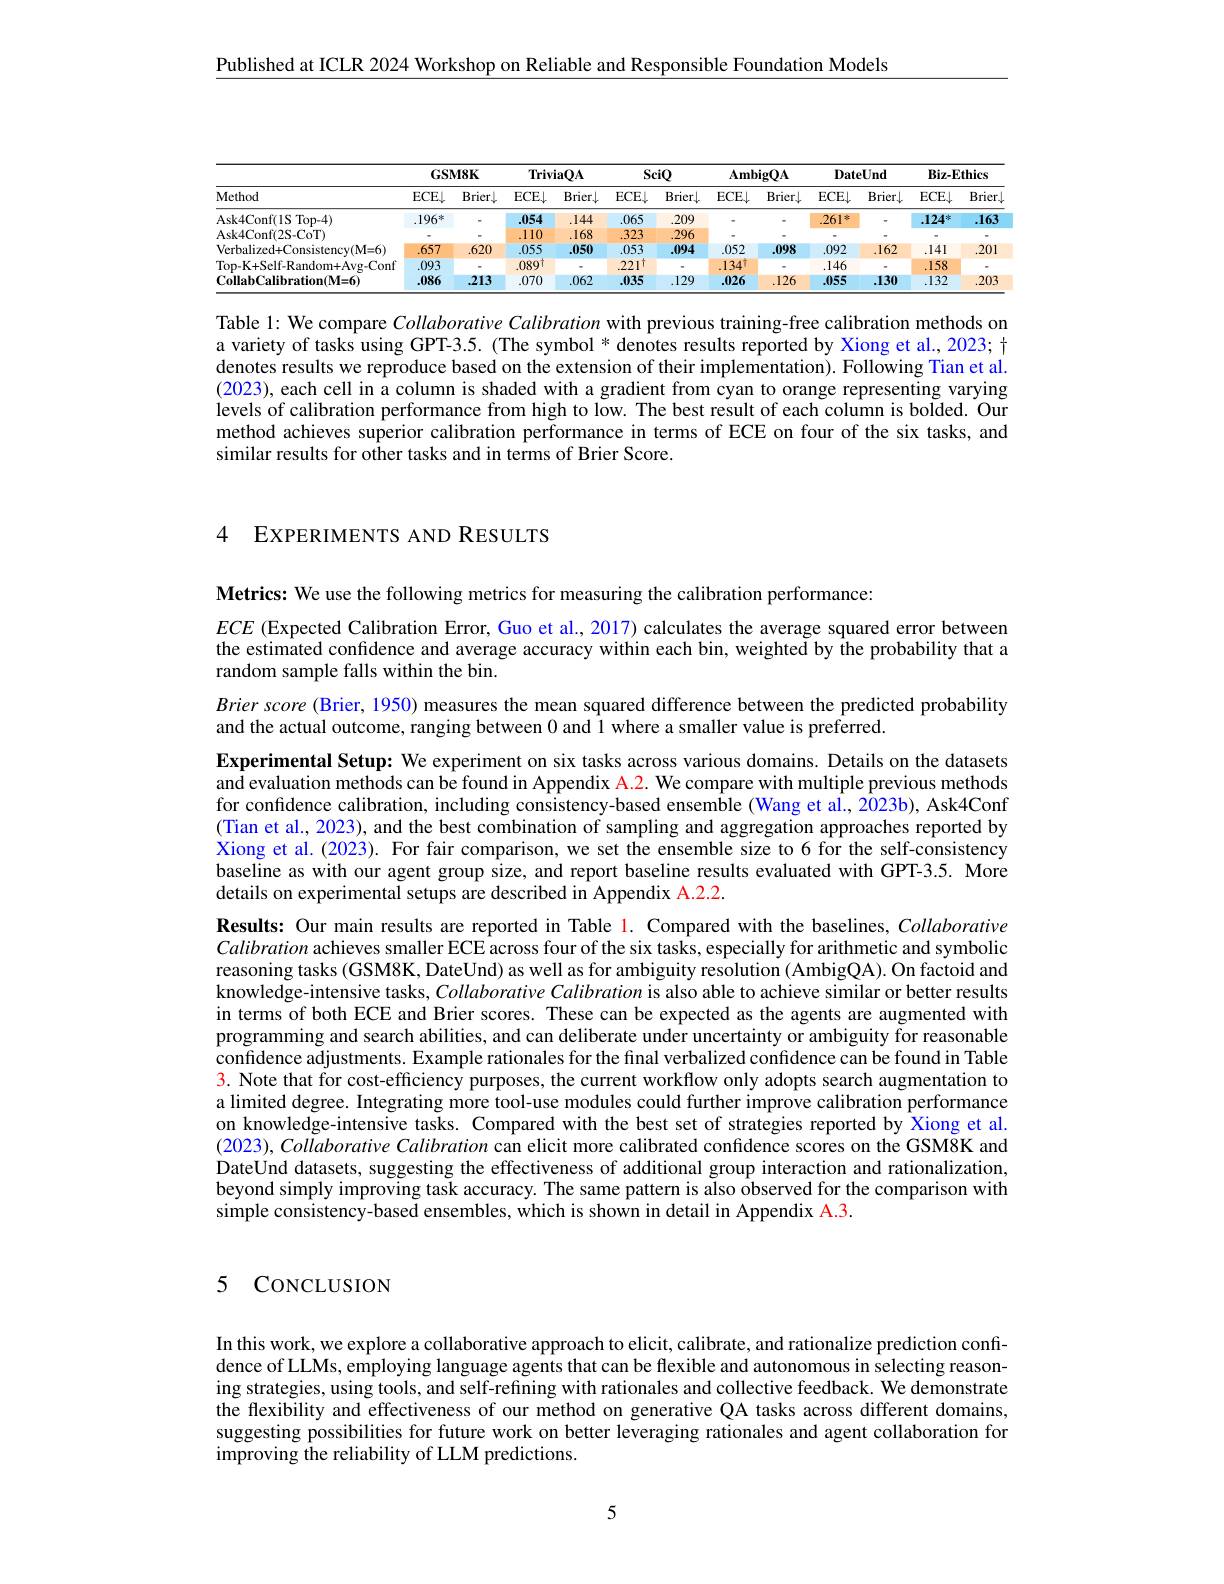
$\underline{\text{Published at ICLR 2024 Workshop on Reliable and Responsible Foundation Models}}$

<table>
	<tbody>
		<tr>
			<th rowspan="2">Method</th>
			<th colspan="2">GSM8K</th>
			<th colspan="2">TriviaQA</th>
			<th colspan="2">SciQ</th>
			<th colspan="2">$\mathbf{AmbigQA}$</th>
			<th colspan="2">DateUnd</th>
			<th colspan="2">$Biz-Ethics$</th>
		</tr>
		<tr>
			<th>$ECE\downarrow$</th>
			<th>Brier$\downarrow$</th>
			<th>$ECE\downarrow$</th>
			<th>Brier$\downarrow$</th>
			<th>$ECE\downarrow$</th>
			<th>Brier$\downarrow$</th>
			<th>$ECE\downarrow$</th>
			<th>Brier$\downarrow$</th>
			<th>$ECE\downarrow$</th>
			<th>Brier$\downarrow$</th>
			<th>$ECE\downarrow$</th>
			<th>Brier$\downarrow$</th>
		</tr>
		<tr>
			<td>Ask4Conf(1S Top-4)</td>
			<td>.196 冰</td>
			<td> </td>
			<td>.054</td>
			<td>.144</td>
			<td>.065</td>
			<td>.209</td>
			<td> </td>
			<td> </td>
			<td>.261</td>
			<td> </td>
			<td>.124*</td>
			<td>.163</td>
		</tr>
		<tr>
			<td>Ask4Conf(2S-CoT)</td>
			<td> </td>
			<td> </td>
			<td>.110</td>
			<td>.168</td>
			<td>.323</td>
			<td>.296</td>
			<td> </td>
			<td> </td>
			<td> </td>
			<td> </td>
			<td> </td>
			<td> </td>
		</tr>
		<tr>
			<td>Verbalized+ Consistency( M= 6) </td>
			<td>.657</td>
			<td>.620</td>
			<td>.055</td>
			<td>.050</td>
			<td>.053</td>
			<td>.094</td>
			<td>.052</td>
			<td>.098</td>
			<td>.092</td>
			<td>.162</td>
			<td>.141</td>
			<td>.201</td>
		</tr>
		<tr>
			<td>Top-K+Self-Random+Avg-Conf</td>
			<td>.093</td>
			<td> </td>
			<td>.089t</td>
			<td> </td>
			<td>$221^{\dagger}$</td>
			<td> </td>
			<td>.1347</td>
			<td> </td>
			<td>.146</td>
			<td> </td>
			<td>.158</td>
			<td> </td>
		</tr>
		<tr>
			<td>CollabCalibration(M=6)</td>
			<td>.086</td>
			<td>.213</td>
			<td>.070</td>
			<td>.062</td>
			<td>.035</td>
			<td>.129 </td>
			<td>.026</td>
			<td>.126</td>
			<td>.055</td>
			<td>.130</td>
			<td>.132</td>
			<td>.203</td>
		</tr>
	</tbody>
</table>

Table 1: We compare Collaborative Calibration with previous training-free calibration methods on a variety of tasks using GPT-3.5. (The symbol * denotes results reported by Xiong et al., 2023; + denotes results we reproduce based on the extension of their implementation). Following Tian et al. (2023), each cell in a column is shaded with a gradient from cyan to orange representing varying levels of calibration performance from high to low. The best result of each column is bolded. Our method achieves superior calibration performance in terms of ECE on four of the six tasks, and similar results for other tasks and in terms of Brier Score.

4 EXPERIMENTS AND RESULTS

Metrics: We use the following metrics for measuring the calibration performance:

$ECE$ (Expected Calibration Error, Guo et al., 2017) calculates the average squared error between the estimated confidence and average accuracy within each bin, weighte$\tilde{\text{by the probability that a}}$ random sample falls within the bin.

Brier score (Brier, 1950) measures the mean squared difference between the predicted probability
and the actual outcome, ranging between 0 and 1 where a smaller value is preferred.
Experimental Setup: We experiment on six tasks across various domains. Details on the datasets and evaluation methods can be found in Appendix A.2. We compare with multiple previous methods for confidence calibration, including consistency-based ensem$\hat{\text{ble(Wang et al.,2023b),Ask4}}$Conf (Tian et al., 2023), and the best combination of sampling and aggregation approaches reported by Xiong et al.(2023). For fair comparison, we set the ensemble size to 6 for the self-consistency baseline as with our agent group size, and report baseline results evaluated with GPT-3.5. More details on experimental setups are described in Appendix A.2.2.
Results: Our main results are reported in Table 1. Compared with the baselines, Collaborative Calibration achieves smaller ECE across four of the six tasks, especially for arithmetic and symbolic reasoning tasks (GSM8K, DateUnd) as well as for ambiguity resolution (AmbigQA). On factoid and knowledge-intensive tasks, Collaborative Calibration is also able to achieve similar or better results in terms of both ECE and Brier scores. These can be expected as the agents are augmented with programming and search abilities, and can deliberate under uncertainty or ambiguity for reasonable confidence adjustments. Example rationales for the final verbalized confidence can be found in Table 3. Note that for cost-efficiency purposes, the current workflow only adopts search augmentation to a limited degree. Integrating more tool-use modules could further improve calibration performance on knowledge-intensive tasks. Compared with the best set of strategies reported by Xiong et al. $( 2023) , Collaborative\textit{ Calibration can elicit more calibrated confidence scores on the GSM8K and}$ DateUnd datasets, suggesting the effectiveness of additional group interaction and rationalization, beyond simply improving task accuracy. The same pattern is also observed for the comparison with simple consistency-based ensembles, which is shown in detail in Appendix A.3.

## 5 CONCLUSION

In this work, we explore a collaborative approach to elicit, calibrate, and rationalize prediction confidence of LLMs, employing language agents that can be flexible and autonomous in selecting reasoning strategies, using tools, and self-refining with rationales and collective feedback. We demonstrate the flexibility and effectiveness of our method on generative QA tasks across different domains, suggesting possibilities for future work on better leveraging rationales and agent collaboration for improving the reliability of LLM predictions.

5